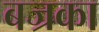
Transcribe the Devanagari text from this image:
बज्रका